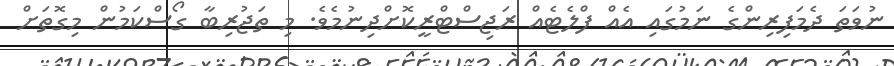
ނުވަތަ ދެމަފިރިންގެ ނަމުގައި އެއް ފްލެޓެއް ރަޖިސްޓްރީކޮށްދިނުމެވެ. މި ތަޖުރިބާ ގޯސްކަމުން މިގޮތަށް